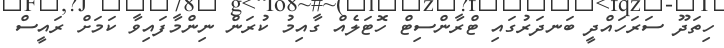
ހިތަދޫ ސަރަަހައްދީ ބަނދަރުގައި ޓްރާންސިޓް ހޮޓަލެއް ގާއިމު ކުރަން ނިންމާފައިވާ ކަމަށް ރައީސް